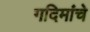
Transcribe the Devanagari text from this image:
गदिमांचे